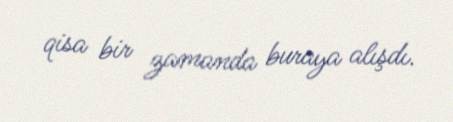
qisa bir zamanda buraya alışdı.